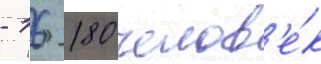
- 16 180 челов'е́к